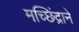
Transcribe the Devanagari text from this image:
मच्छिंद्राने